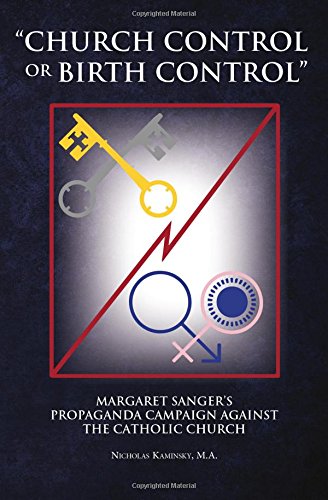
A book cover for "Church Control or Birth Control": Margaret Sanger's Propaganda Campaign against the Catholic Church; Nicholas Kaminsky; Politics & Social Sciences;